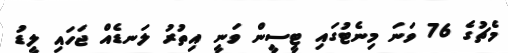
މެޗުގެ 76 ވަނަ މިނެޓުގައި ޓީސީން ވަނީ އިތުރު ލަނޑެއް ޖަހައި ލީޑު